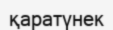
қаратүнек